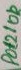
Text: Pot210k